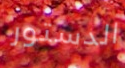
الدستور